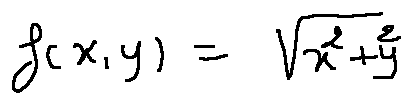
f ( x , y ) = \sqrt { x ^ { 2 } + y ^ { 2 } }